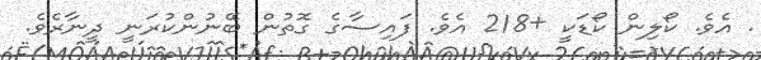
. އެވެ. ކޯލިން ކޯޑަކީ +218 އެވެ. ފައިސާގެ ގޮތުން ބޭނުންކުރަނީ ދީނާރެވެ.